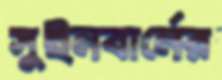
সুইনবার্নের